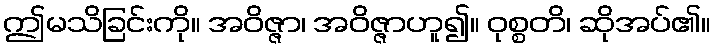
ဤမသိခြင်းကို။ အဝိဇ္ဇာ၊ အဝိဇ္ဇာဟူ၍။ ဝုစ္စတိ၊ ဆိုအပ်၏။